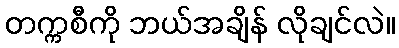
တက္ကစီကို ဘယ်အချိန် လိုချင်လဲ။